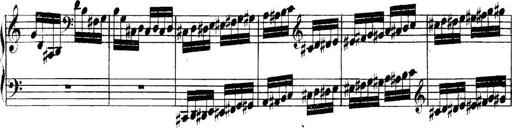
Title: Collected Piano Sonatas
Composer: Muzio Clementi